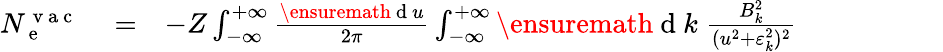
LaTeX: \begin{array}{rlr}{N_{\mathrm{~e~}}^{\mathrm{~v~a~c~}}}&{{}=}&{-Z\int_{-\infty}^{+\infty}\frac{\ensuremath{\mathrm{~d~}}u}{2\pi}\int_{-\infty}^{+\infty}\ensuremath{\mathrm{~d~}}k\; \frac{B_{k}^{2}}{(u^{2}+\varepsilon_{k}^{2})^{2}}\phantom{xxxxxxxxx}}\end{array}